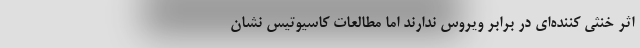
اثر خنثی کننده‌ای در برابر ویروس ندارند اما مطالعات کاسیوتیس نشان